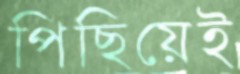
পিছিয়েই